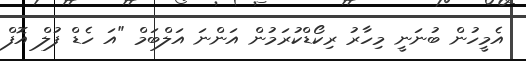
އެމީހުން ބުނަނީ މިހާރު ރިކޯޑްކުރަމުން އަންނަ އަލްބަމް "އަ ހެޑް ފުލް އޮފް